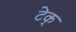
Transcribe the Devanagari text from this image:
टेक्